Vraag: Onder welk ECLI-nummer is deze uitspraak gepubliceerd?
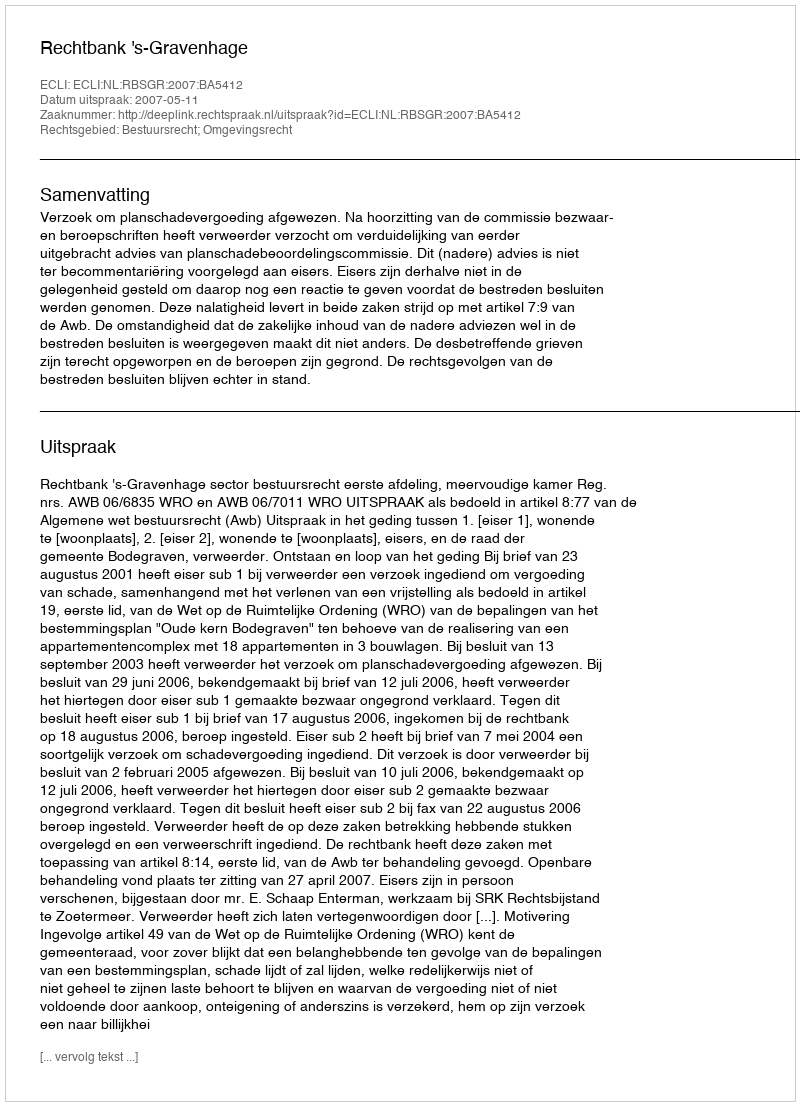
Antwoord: ECLI:NL:RBSGR:2007:BA5412